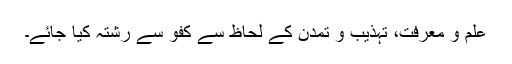
علم و معرفت، تہذیب و تمدن کے لحاظ سے کفو سے رشتہ کیا جائے۔